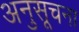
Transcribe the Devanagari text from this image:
अनुसूचना